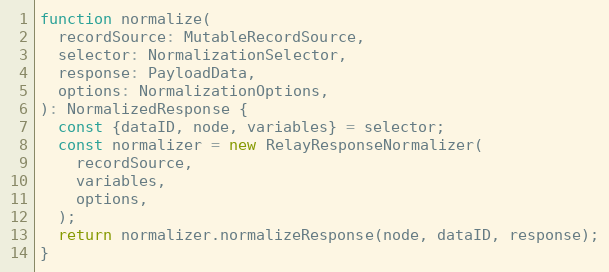
Language: JavaScript
function normalize(
  recordSource: MutableRecordSource,
  selector: NormalizationSelector,
  response: PayloadData,
  options: NormalizationOptions,
): NormalizedResponse {
  const {dataID, node, variables} = selector;
  const normalizer = new RelayResponseNormalizer(
    recordSource,
    variables,
    options,
  );
  return normalizer.normalizeResponse(node, dataID, response);
}